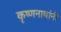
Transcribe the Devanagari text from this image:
कृष्णनाथांनी